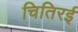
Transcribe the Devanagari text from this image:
चितिरई